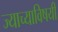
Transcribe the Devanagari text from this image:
ज्याच्याविषयी